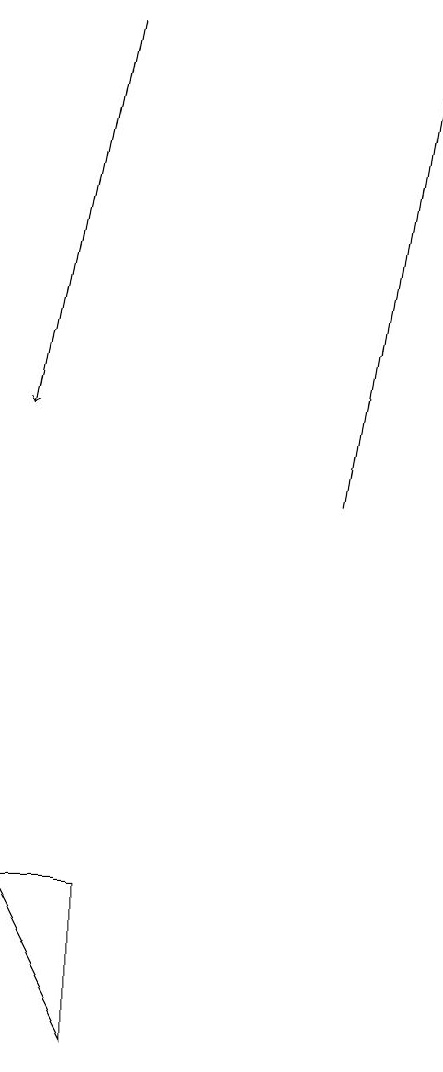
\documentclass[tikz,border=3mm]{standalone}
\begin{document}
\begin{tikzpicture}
\draw[->] (5,19) -- (4,14);
\draw[->] (8,13) -- (9,19);
\draw (5,6) -- (5,8) -- (4,8) -- cycle;
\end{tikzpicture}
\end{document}